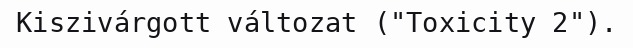
Kiszivárgott változat ("Toxicity 2").